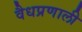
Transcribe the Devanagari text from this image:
वैधप्रणाली